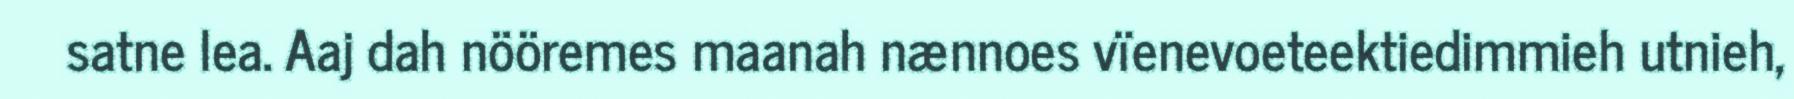
satne lea. Aaj dah nööremes maanah nænnoes vïenevoeteektiedimmieh utnieh,